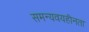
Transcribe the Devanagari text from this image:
समन्यवयहीनता